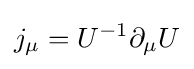
j_{\mu }=U^{-1}\partial _{\mu }U